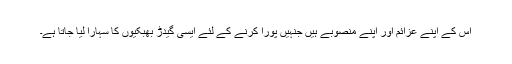
اس کے اپنے عزائم اور اپنے منصوبے ہیں جنہیں پورا کرنے کے لئے ایسی گیدڑ بھبکیوں کا سہارا لیا جاتا ہے۔